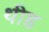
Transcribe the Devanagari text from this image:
थीड